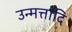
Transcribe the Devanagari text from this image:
उन्मत्तादि